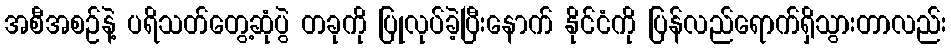
အစီအစဉ်နဲ့ ပရိသတ်တွေ့ဆုံပွဲ တခုကို ပြုလုပ်ခဲ့ပြီးနောက် နိုင်ငံကို ပြန်လည်ရောက်ရှိသွားတာလည်း